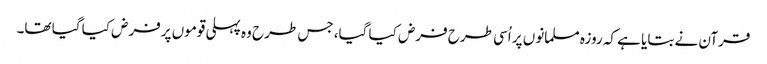
قرآن نے بتایا ہے کہ روزہ مسلمانوں پر اُسی طرح فرض کیا گیا، جس طرح وہ پہلی قوموں پرفرض کیا گیا تھا۔